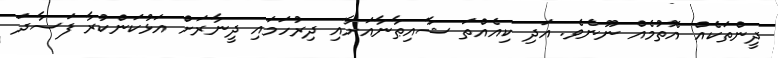
ދީންތަކެއް އޮތުމެއް ނޫނެވެ. އަދި ކިއެއްތަ ޝާއިޠާނާއަށާއި ދިރުހަމައި ދީނާރަށް އަޅުކަންކުރާ ފަސާދަ